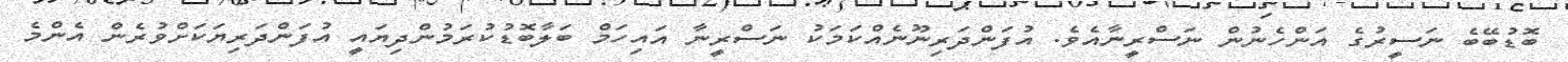
ބޮޑުބޭބެ ނަސީރުގެ އަންހެނުން ނަސްރީނާއެވެ. އުފަންދަރިނޫނެއްކަމަކު ނަސްރީނާ އައިހަމް ބަލާބޮޑުކުރަމުންދިޔައީ އުފަންދަރިޔަކަށްވުރެން އެންމެ